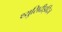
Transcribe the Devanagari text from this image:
थ्युसिदीइदिज